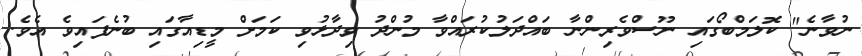
ނުވާނެ" ކޮލަމްބޯގައި ނޫސްވެރިންނާ ބައްދަލުކުރައްވާ މުންދު ވިދާޅުވި ކަމަށް މީޑިއާގައި ބުނެފައިވެ އެވެ.